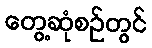
တွေ့ဆုံစဉ်တွင်